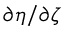
\partial \eta / \partial \zeta